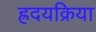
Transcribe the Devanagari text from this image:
ह्रदयक्रिया